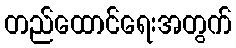
တည်ထောင်ရေးအတွက်